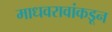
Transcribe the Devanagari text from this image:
माधवरावांकडून